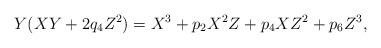
LaTeX: \begin{align*} Y( XY + 2 q_4 Z^2) = X^3 + p_2 X^2 Z + p_4 X Z^2 + p_6 Z^3, \end{align*}